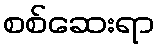
စစ်ဆေးရာ